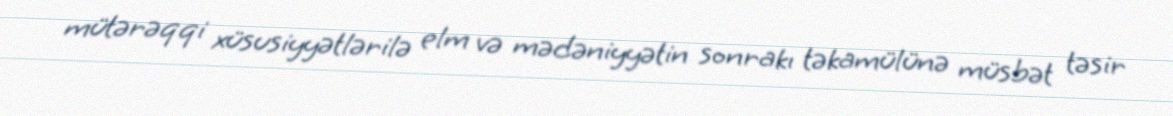
mütərəqqi xüsusiyyətlərilə elm və mədəniyyətin sonrakı təkamülünə müsbət təsir